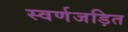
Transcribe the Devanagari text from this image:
स्वर्णजड़ित